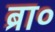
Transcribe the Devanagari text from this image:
ब्रा०